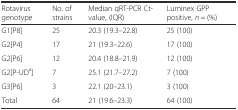
| Rotavirus genotype | No. of strains | Median qRT-PCR Ct-value, (IQR) | Luminex GPP positive, n = (%) |
 | --- | --- | --- | --- |
 | G1[P8] | 25 | 20.3 (19.3–22.8) | 25 (100) |
 | G2[P4] | 17 | 21 (19.3–22.6) | 17 (100) |
 | G2[P6] | 12 | 20.4 (18.8–21.9) | 12 (100) |
 | G2[P-UDa] | 7 | 25.1 (21.7–27.2) | 7 (100) |
 | G3[P6] | 3 | 22.1 (20–23.1) | 3 (100) |
 | Total | 64 | 21 (19.6–23.3) | 64 (100) |